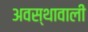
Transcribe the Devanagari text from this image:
अवस्थावाली